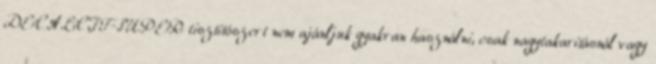
DECALCIT-SUPER tisztítószert nem ajánljuk gyakran használni, csak nagytakarításnál vagy